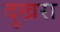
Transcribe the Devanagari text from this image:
दुखरा